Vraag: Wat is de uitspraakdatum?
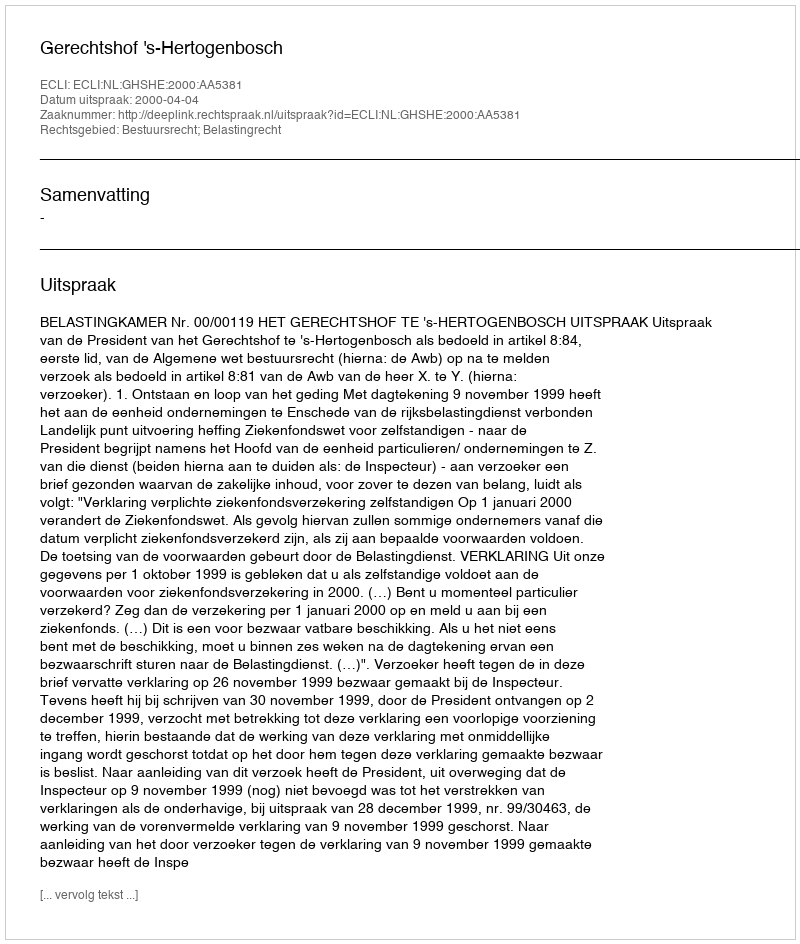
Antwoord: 2000-04-04